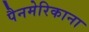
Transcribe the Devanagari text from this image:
पैनमेरिकाना